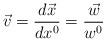
LaTeX: \begin{align*}\vec{v} = \frac{d\vec{x}}{dx^0} = \frac{\vec{w}}{w^0}\end{align*}